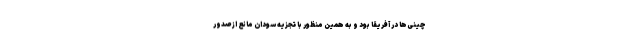
چینی‌ها در آفریقا بود و به همین منظور با تجزیه سودان مانع از صدور